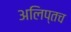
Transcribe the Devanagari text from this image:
अलिप्तच